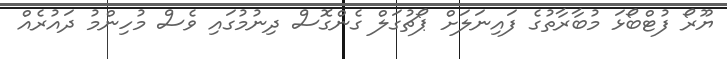
ޔޫރޯ ފުޓްބޯޅަ މުބާރާތުގެ ފައިނަލަށް ޕޯޗުގަލް ގެންގޮސް ދިނުމުގައި ވެސް މުހިންމު ދައުރެއް